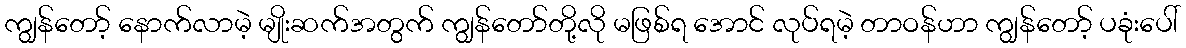
ကျွန်တော့် နောက်လာမဲ့ မျိုးဆက်အတွက် ကျွန်တော်တို့လို မဖြစ်ရ အောင် လုပ်ရမဲ့ တာဝန်ဟာ ကျွန်တော့် ပခုံးပေါ်